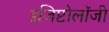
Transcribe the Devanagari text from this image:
इजिप्टोलॉजी